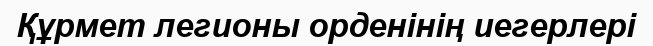
Құрмет легионы орденінің иегерлері